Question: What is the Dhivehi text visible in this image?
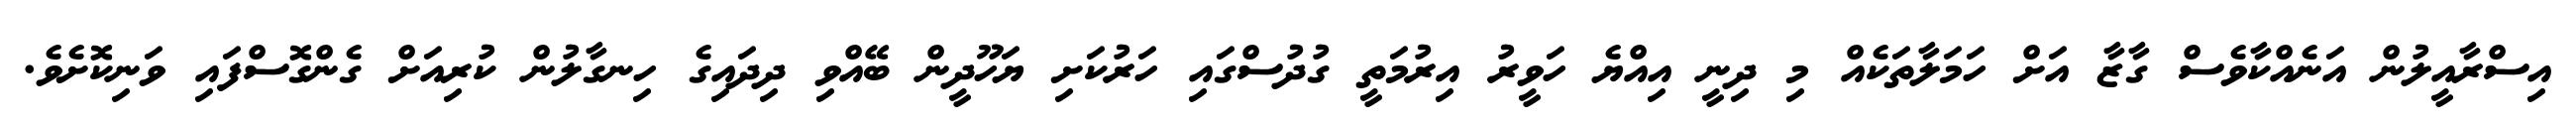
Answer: އިސްރާއީލުން އަނެއްކާވެސް ގާޒާ އަށް ހަމަލާތަކެއް މި ދިނީ އިއްޔެ ހަވީރު އިރުމަތީ ގުދުސްގައި ހަރުކަށި ޔަހޫދީން ބޭއްވި ދިދައިގެ ހިނގާލުން ކުރިއަށް ގެންގޮސްފައި ވަނިކޮށެވެ.